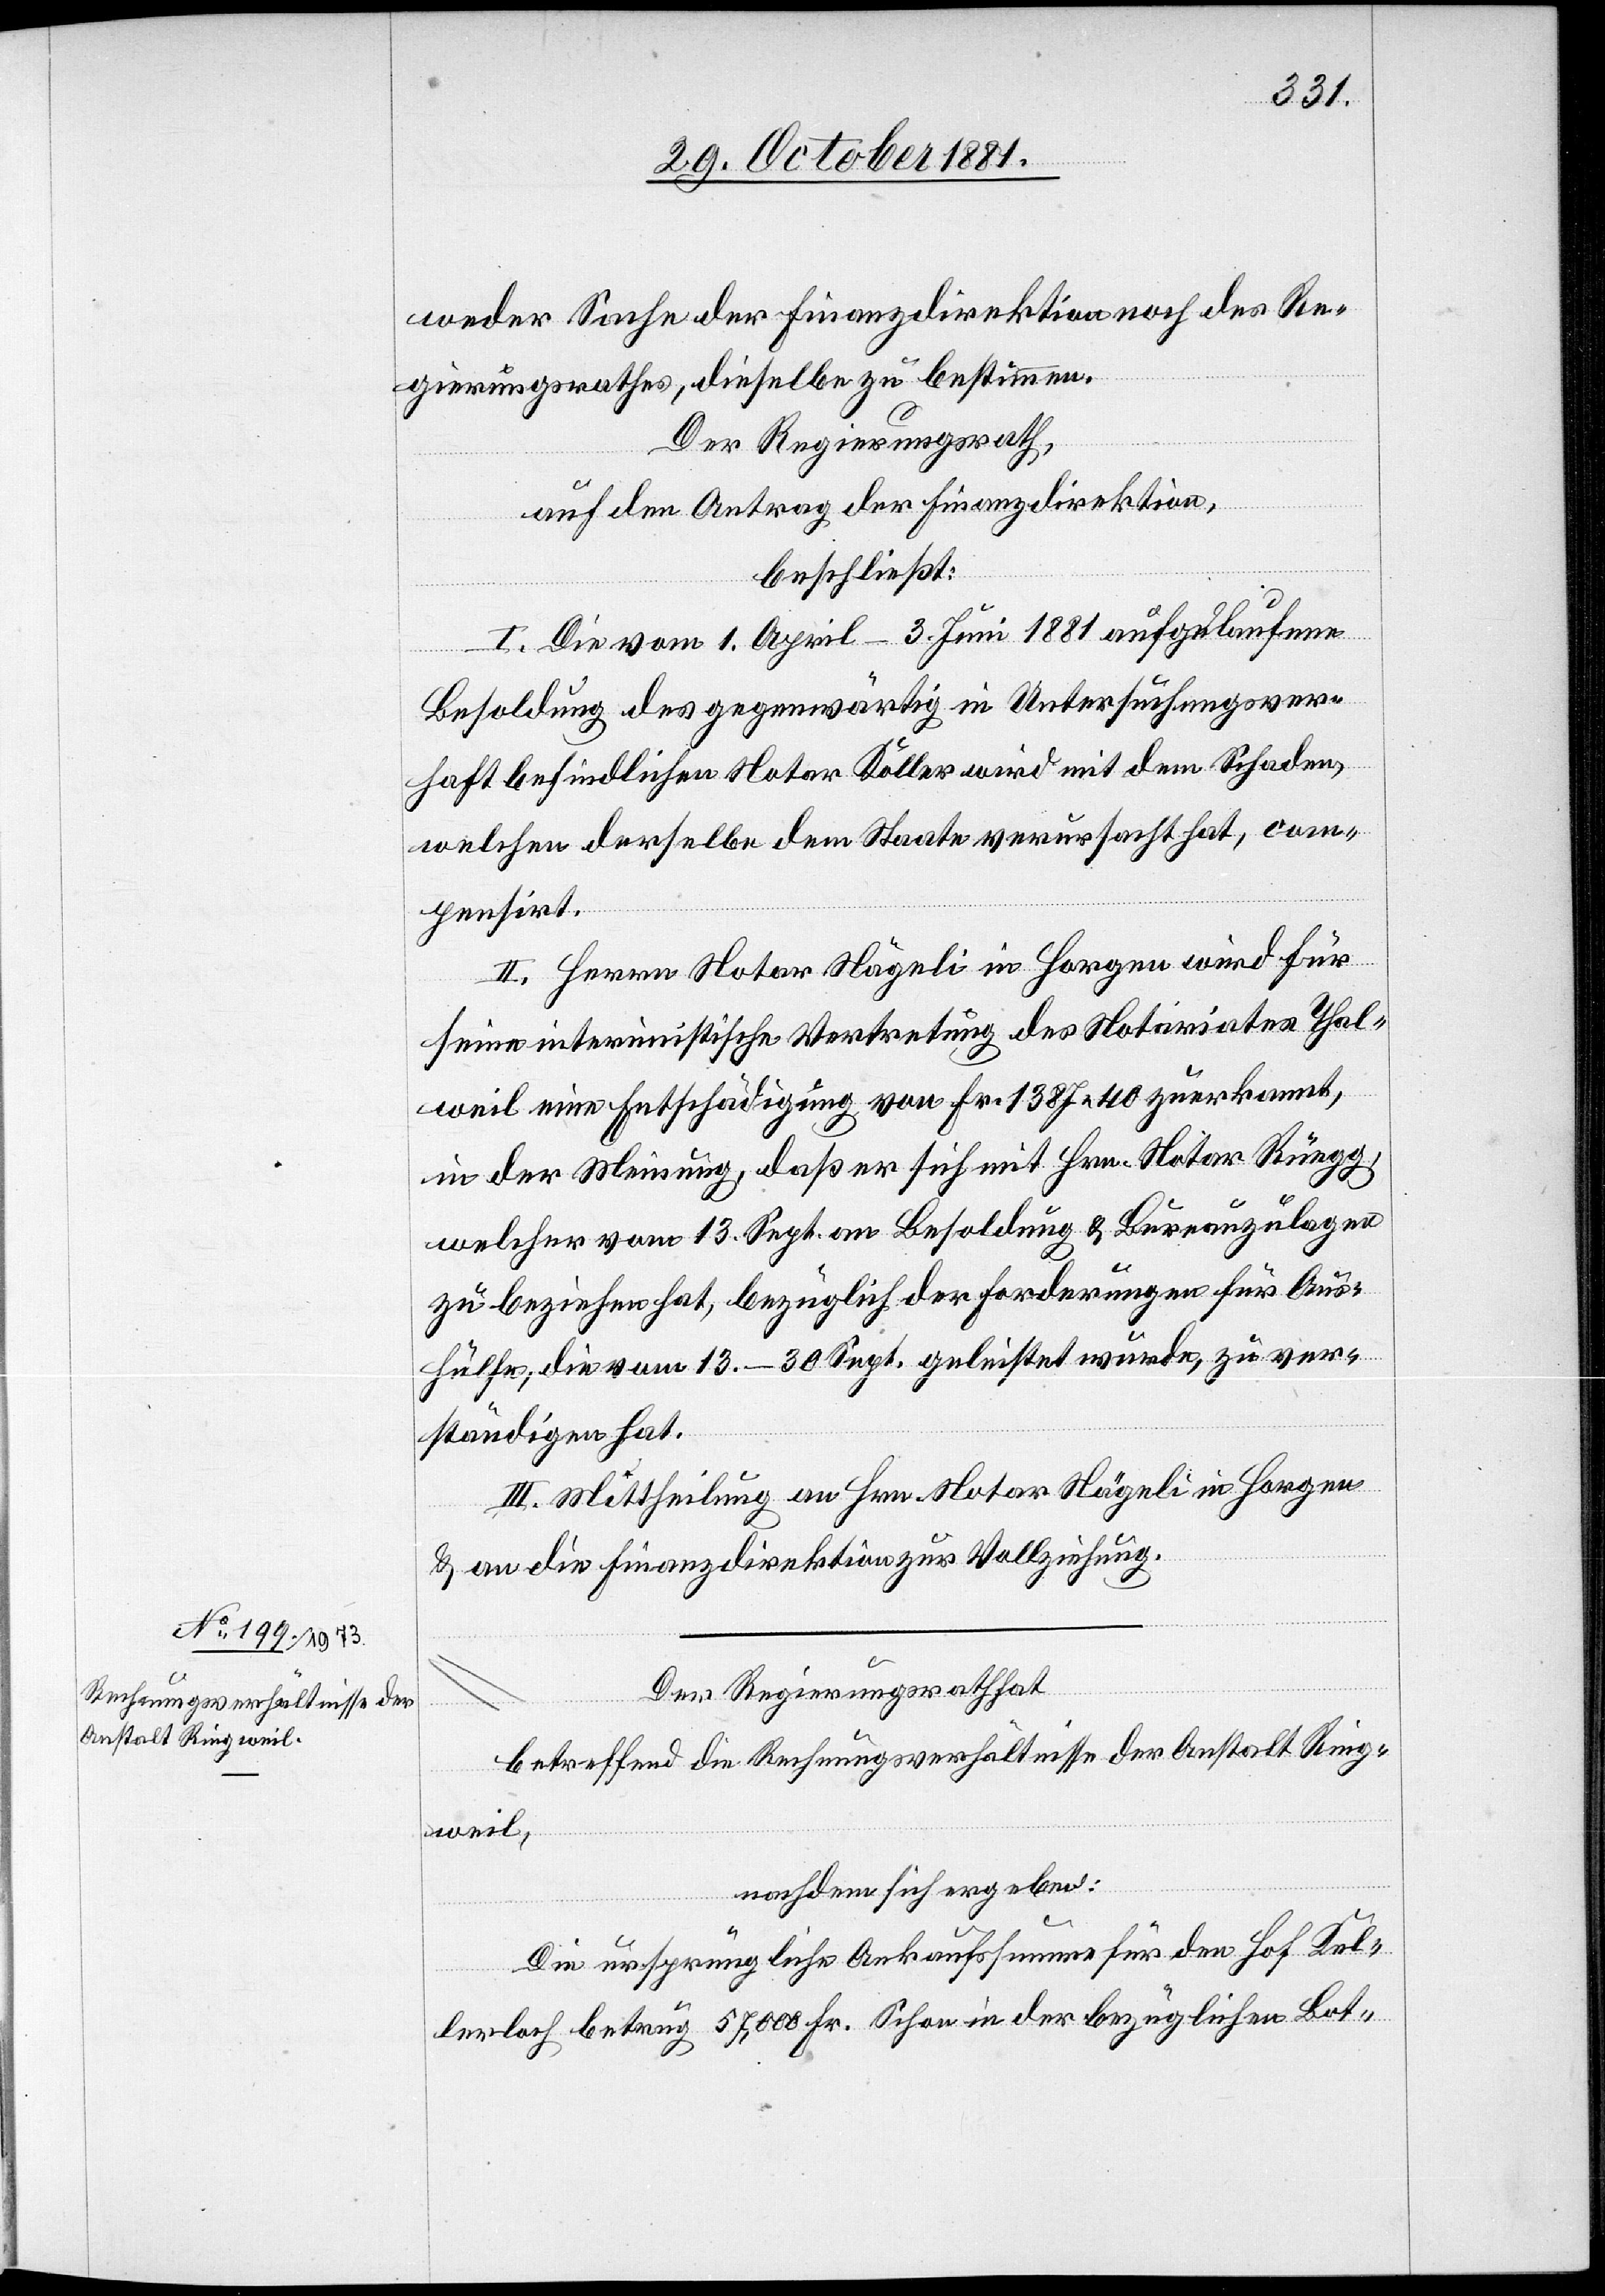
weder Sache der Finanzdirektion noch des Re¬
gierungsrathes, dieselbe zu bestimmen.
Der Regierungsrath,
auf den Antrag der Finanzdirektion,
beschließt:
I. Die vom 1. April–3. Juni 1881 aufgelaufene
Besoldung des gegenwärtig in Untersuchungsver¬
haft befindlichen Notar Koller wird mit dem Schaden,
welchen derselbe dem Staate verursacht hat, com¬
pensirt.
II. Herrn Notar Nägeli in Horgen wird für
seine interimistische Vertretung des Notariates Thal¬
weil eine Entschädigung von Fr. 1387 40 zuerkannt,
in der Meinung, daß er sich mit Hrn. Notar Rüegg,
welcher vom 13. Sept. an Besoldung & Bureauzulagen
zu beziehen hat, bezüglich der Forderungen für Aus¬
hülfe, die vom 13.–30. Sept. geleistet wurde, zu ver¬
ständigen hat.
III. Mittheilung an Hrn. Notar Nägeli in Horgen
& an die Finanzdirektion zur Vollziehung.
Der Regierungsrath hat
betreffend die Rechnungsverhältnisse der Anstalt Ring¬
weil,
nachdem sich ergeben:
Die ursprüngliche Ankaufssumme für den Hof Kel¬
lerloch betrug 57,000 Fr. Schon in der bezüglichen Bot-